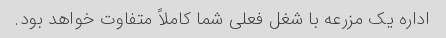
اداره یک مزرعه با شغل فعلی شما کاملاً متفاوت خواهد بود.